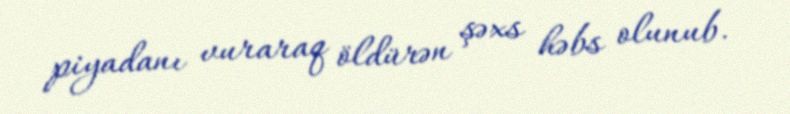
piyadanı vuraraq öldürən şəxs həbs olunub.